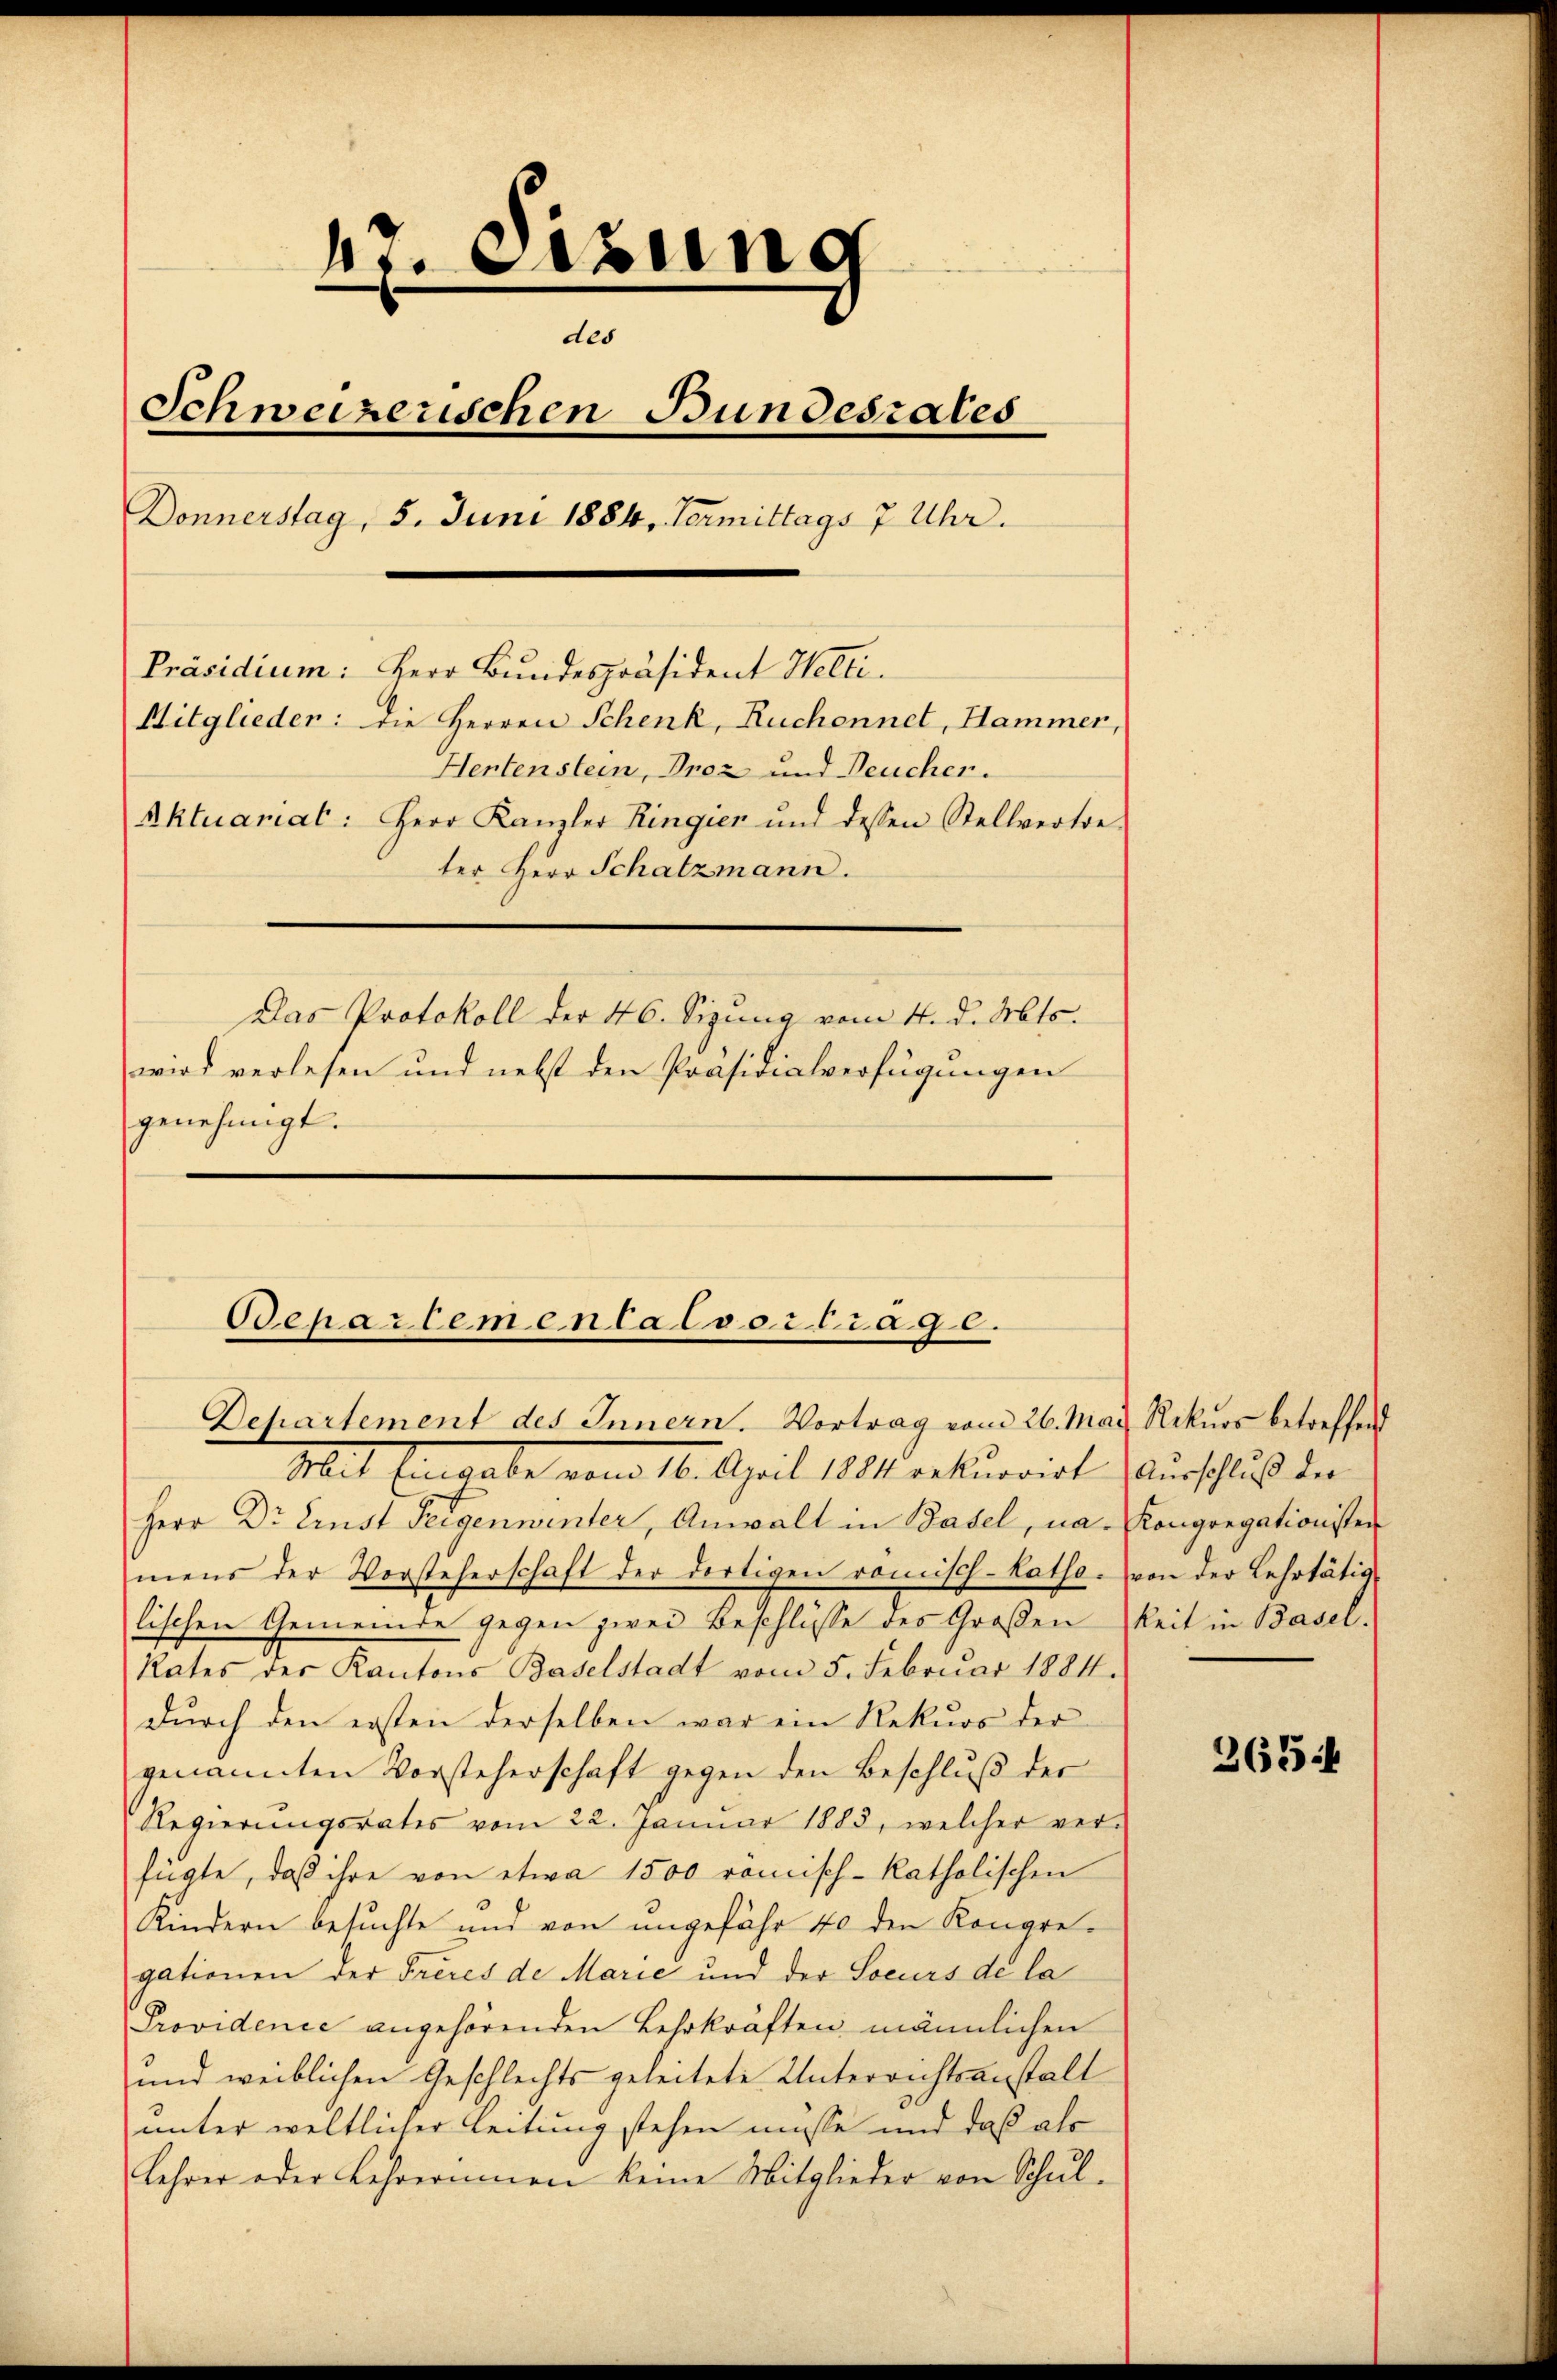
47. Eizung
des
Schweizerischen Bundesrates
Donnerstag, 5. Juni 1884, Termittags 7 Uhr.
Präsidium: Herr Bundespräsident Helti.
Mitglieder: die Herren Schenk, Ruchennet, Hammer,
Hentenstein, Proz und Deucher.
Aktuariat: Herr Kanzler Ringier und dessen Stellvertre-
ter Herr Schatzmann.
Das Protokoll der 46. Sizung vom 4. d. Mts.
wird verlesen und nebst den Präsidialverfügungen
genehmigt.

Oepartemental vortrage.
Departement des Innern. Vortrag vom 26. Mai Rekurs betreffend

Mit Eingabe vom 16. April 1884. rekurrirt. Würtschluß der
Herr Dr. Einst Teigenwinter, Anwalt in Basel, na- Kongregationisten
mens der Vorsteherschaft der dortigen romisch-katho. von der Lehrtätig-
lischen Gemeinde gegen zwei Beschlüsse des Großen keit in Basel-
Rates der Kantons Baselstadt vom 5. Februar 1884.
dŭrch den ersten derselben war ein Rekŭrs der
genannten Vorsteherschaft gegen den Beschluß der
Regierungsrates vom 22. Januar 1883, welcher ver-
fügte, daß ihre von etwa 1500 römisch-katholischen
Kindern besuchte und von ungefähr 40 den Kongregationen der Frères de Marie und der Socurs de la
Providence angehörenden Lehrkräften männlichen
und weiblichen Geschlechts geleitete Unterrichtsanstalt
unter weltlicher Leitung stehen müsse und daß als
Lehrer oder Lehrerinnen keine Mitglieder von Schul-

265